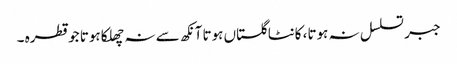
جبر تسلسل نہ ہوتا، کانٹا گلستاں ہوتا آنکھ سے نہ چھلکا ہوتا جو قطرہ ۔